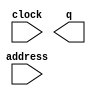
module memory (
	address,
	clock,
	q);

	input	[4:0]  address;
	input	  clock;
	output	[8:0]  q;
`ifndef ALTERA_RESERVED_QIS
// synopsys translate_off
`endif
	tri1	  clock;
`ifndef ALTERA_RESERVED_QIS
// synopsys translate_on
`endif

endmodule